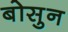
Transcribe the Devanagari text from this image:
बोसुन